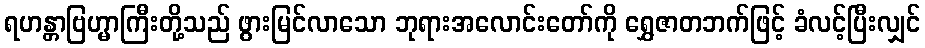
ရဟန္တာဗြဟ္မာကြီးတို့သည် ဖွားမြင်လာသော ဘုရားအလောင်းတော်ကို ရွှေဇာတဘက်ဖြင့် ခံလင့်ပြီးလျှင်